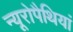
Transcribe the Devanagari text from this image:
न्यूरोपैथियां